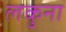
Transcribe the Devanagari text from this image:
लकुना